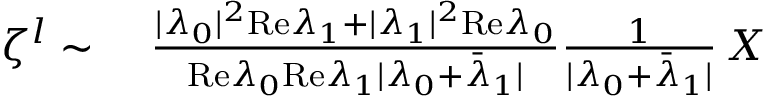
\begin{array} { r l } { \zeta ^ { l } \sim } & { { } ~ \frac { \vert \lambda _ { 0 } \vert ^ { 2 } \mathrm { R e } \lambda _ { 1 } + \vert \lambda _ { 1 } \vert ^ { 2 } \mathrm { R e } \lambda _ { 0 } } { \mathrm { R e } \lambda _ { 0 } \mathrm { R e } \lambda _ { 1 } \vert \lambda _ { 0 } + \bar { \lambda } _ { 1 } \vert } \frac { 1 } { \vert \lambda _ { 0 } + \bar { \lambda } _ { 1 } \vert } \, X } \end{array}